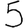
Digit: 5